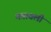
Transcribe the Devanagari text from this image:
मतावली